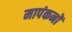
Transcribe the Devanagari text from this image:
मापंकनों